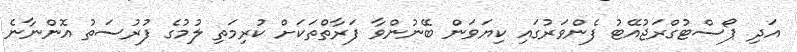
އަދި ޕޯސްޓުގްރަޖުއޭޓު ފެންވަރުގައި ކިޔަވަން ބޭނުންވާ ފަރާތްތަކަށް ކުރިމަތި ލުމުގެ ފުރުސަތު އޮންނާނެ